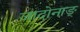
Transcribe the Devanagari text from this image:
जादोनाङ्